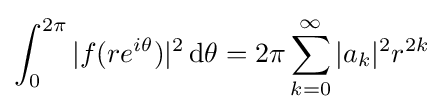
\int _{0}^{2\pi }|f(re^{i\theta })|^{2}\,\mathrm {d} \theta =2\pi \sum _{k=0}^{\infty }|a_{k}|^{2}r^{2k}